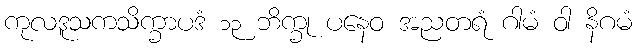
ကုလဒူသကသိက္ခာပဒံ ၁၃ ဘိက္ခု ပနေဝ အညတရံ ဂါမံ ဝါ နိဂမံ